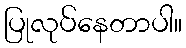
ပြုလုပ်နေတာပါ။